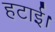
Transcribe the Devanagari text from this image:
हटाई।